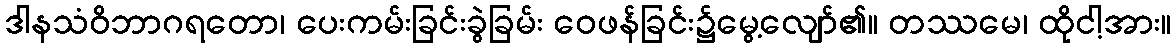
ဒါနသံဝိဘာဂရတော၊ ပေးကမ်းခြင်းခွဲခြမ်း ဝေဖန်ခြင်း၌မွေ့လျော်၏။ တဿမေ၊ ထိုငါ့အား။